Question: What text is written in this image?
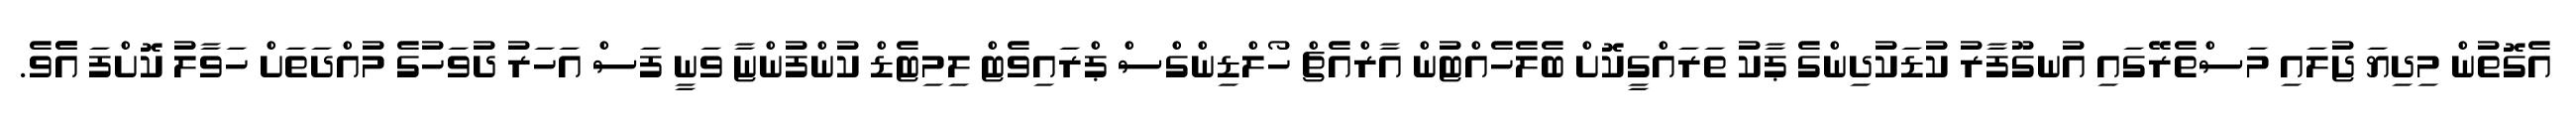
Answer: އެގޮތުން މިދިޔަ ޖުލައި މަސްތެރޭގައި އުނގޫފާރު ކުޑަކުދިންގެ ޕާކު ތަރައްގީކޮށް ބެލެހެއްޓުން އާރްއެޗް ހޯލްޑިންގްސް ޕްރައިވެޓް ލިމިޓެޑް ކުންފުންޏާ ވަނީ ފަސް އަހަރު ދުވަހުގެ މުއްދަތަށް ހަވާލު ކޮށްފަ އެެވެ.